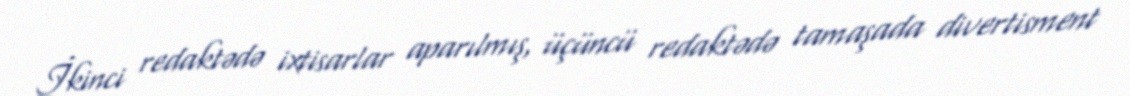
İkinci redaktədə ixtisarlar aparılmış, üçüncü redaktədə tamaşada divertisment